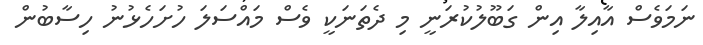
ނަމަވެސް އާއިލާ އިން ގަބޫލުކުރަނީ މި ދެތަނަކީ ވެސް މައްސަލަ ހުށަހެޅުނު ހިސާބުން